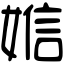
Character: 㜃